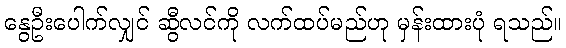
နွေဦးပေါက်လျှင် ဆွီလင်ကို လက်ထပ်မည်ဟု မှန်းထားပုံ ရသည်။